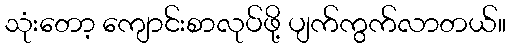
သုံးတော့ ကျောင်းစာလုပ်ဖို့ ပျက်ကွက်လာတယ်။